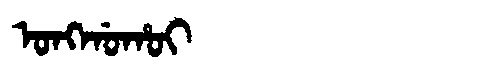
Manchu: ᠣᠩᡤᠣᡥᠣᡳ
Romanization: ONGGOHOI